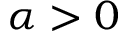
\alpha > 0